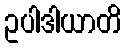
ဥပါဒါယာတိ